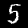
Digit: 5